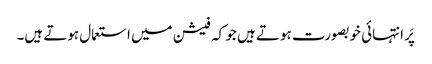
پَر انتہائی خوبصورت ہوتے ہیں جو کہ فیشن میں استعمال ہوتے ہیں۔